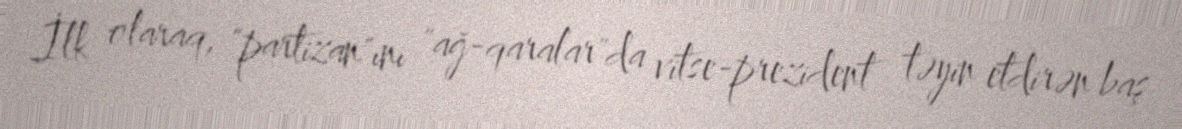
İlk olaraq, "partizan"ını "ağ-qaralar"da vitse-prezident təyin etdirən baş